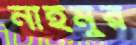
নাইমুর